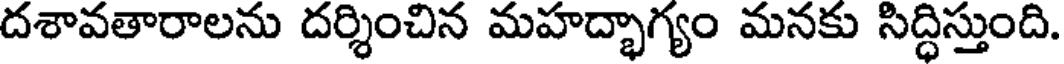
దశావతారాలను దర్శించిన మహద్భాగ్యం మనకు సిద్ధిస్తుంది.